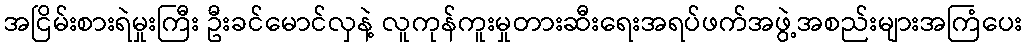
အငြိမ်းစားရဲမှုးကြီး ဦးခင်မောင်လှနဲ့ လူကုန်ကူးမှုတားဆီးရေးအရပ်ဖက်အဖွဲ့အစည်းများအကြံပေး